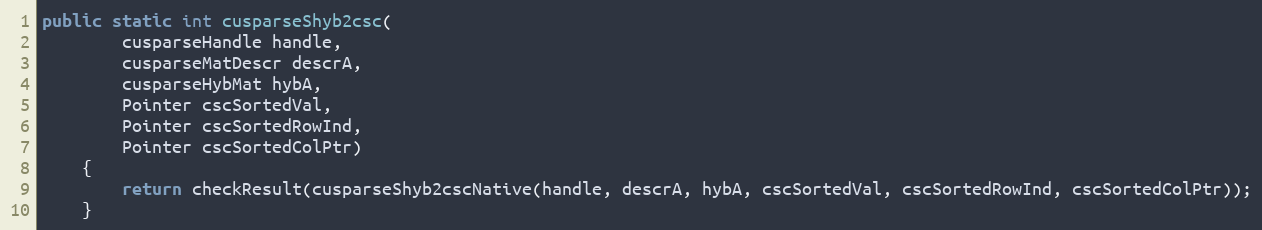
Language: Java
public static int cusparseShyb2csc(
        cusparseHandle handle,
        cusparseMatDescr descrA,
        cusparseHybMat hybA,
        Pointer cscSortedVal,
        Pointer cscSortedRowInd,
        Pointer cscSortedColPtr)
    {
        return checkResult(cusparseShyb2cscNative(handle, descrA, hybA, cscSortedVal, cscSortedRowInd, cscSortedColPtr));
    }